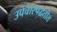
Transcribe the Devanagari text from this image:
उपचारपद्धतीत